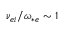
\nu _ { e i } / \omega _ { * e } \sim 1